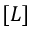
[ L ]